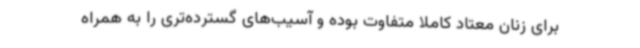
برای زنان معتاد کاملاً متفاوت بوده و آسیب‌های گسترده‌تری را به همراه